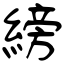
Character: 縍